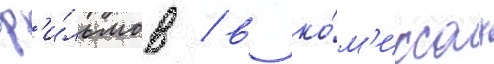
ф'и́льмов / в ко́м'иксах